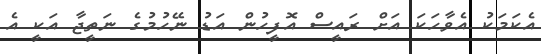
އެކަަމަކު އެވާހަކަ އަށް ރައީސް އޮފީހުން އަޑު ނޭހުމުގެ ނަތީޖާ އަކީ އެ